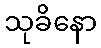
သုခိနော